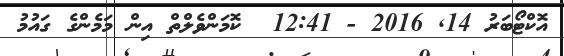
އޮކްޓޯބަރު 14